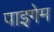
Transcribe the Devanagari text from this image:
पाइगेम